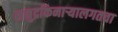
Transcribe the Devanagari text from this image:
समुद्रकिनार्‍यालगतचा